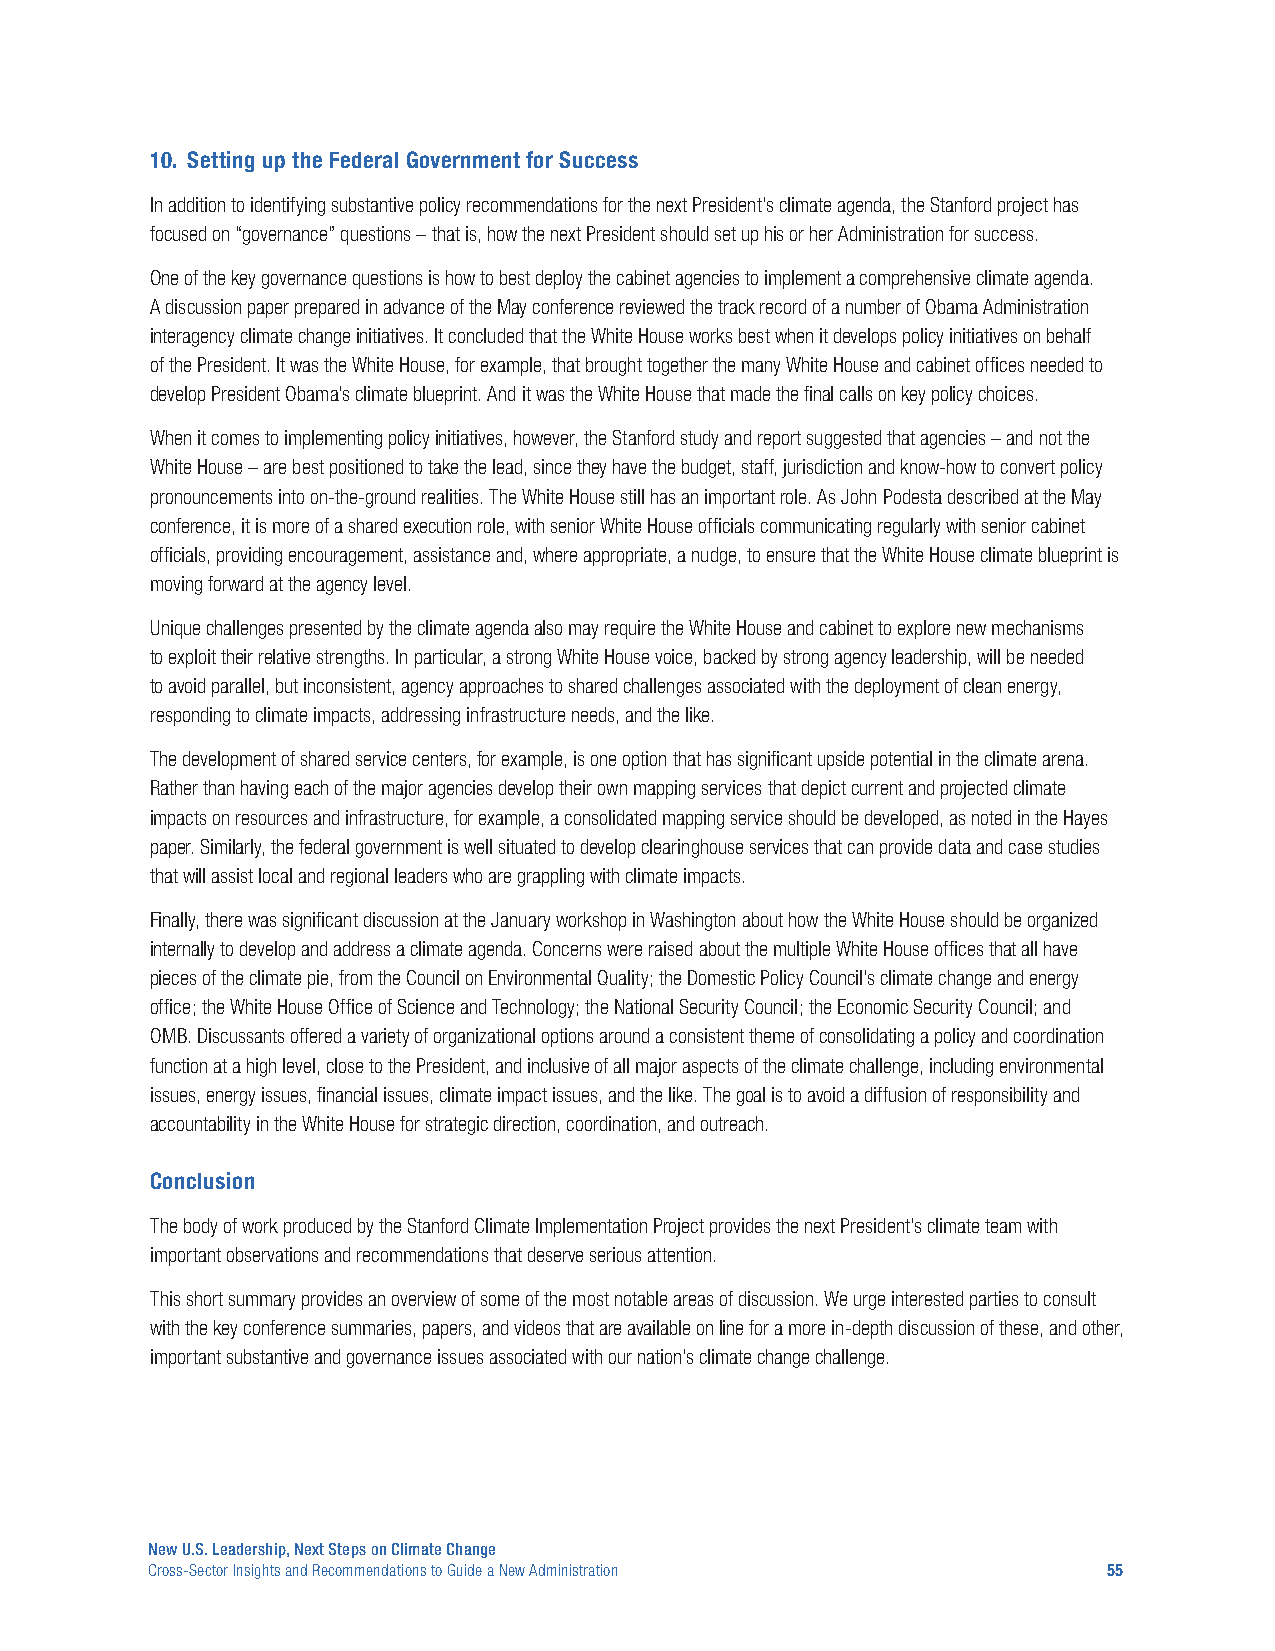
10. Setting up the Federal Government for Success
 In addition to identifying substantive policy recommendations for the next President’s climate agenda, the Stanford project has
 focused on “governance” questions – that is, how the next President should set up his or her Administration for success.
 One of the key governance questions is how to best deploy the cabinet agencies to implement a comprehensive climate agenda.
 A discussion paper prepared in advance of the May conference reviewed the track record of a number of Obama Administration
 interagency climate change initiatives. It concluded that the White House works best when it develops policy initiatives on behalf
 of the President. It was the White House, for example, that brought together the many White House and cabinet offices needed to
 develop President Obama’s climate blueprint. And it was the White House that made the final calls on key policy choices.
 When it comes to implementing policy initiatives, however, the Stanford study and report suggested that agencies – and not the
 White House – are best positioned to take the lead, since they have the budget, staff, jurisdiction and know-how to convert policy
 pronouncements into on-the-ground realities. The White House still has an important role. As John Podesta described at the May
 conference, it is more of a shared execution role, with senior White House officials communicating regularly with senior cabinet
 officials, providing encouragement, assistance and, where appropriate, a nudge, to ensure that the White House climate blueprint is
 moving forward at the agency level.
 Unique challenges presented by the climate agenda also may require the White House and cabinet to explore new mechanisms
 to exploit their relative strengths. In particular, a strong White House voice, backed by strong agency leadership, will be needed
 to avoid parallel, but inconsistent, agency approaches to shared challenges associated with the deployment of clean energy,
 responding to climate impacts, addressing infrastructure needs, and the like.
 The development of shared service centers, for example, is one option that has significant upside potential in the climate arena.
 Rather than having each of the major agencies develop their own mapping services that depict current and projected climate
 impacts on resources and infrastructure, for example, a consolidated mapping service should be developed, as noted in the Hayes
 paper. Similarly, the federal government is well situated to develop clearinghouse services that can provide data and case studies
 that will assist local and regional leaders who are grappling with climate impacts.
 Finally, there was significant discussion at the January workshop in Washington about how the White House should be organized
 internally to develop and address a climate agenda. Concerns were raised about the multiple White House offices that all have
 pieces of the climate pie, from the Council on Environmental Quality; the Domestic Policy Council’s climate change and energy
 office; the White House Office of Science and Technology; the National Security Council; the Economic Security Council; and
 OMB. Discussants offered a variety of organizational options around a consistent theme of consolidating a policy and coordination
 function at a high level, close to the President, and inclusive of all major aspects of the climate challenge, including environmental
 issues, energy issues, financial issues, climate impact issues, and the like. The goal is to avoid a diffusion of responsibility and
 accountability in the White House for strategic direction, coordination, and outreach.
 Conclusion
 The body of work produced by the Stanford Climate Implementation Project provides the next President’s climate team with
 important observations and recommendations that deserve serious attention.
 This short summary provides an overview of some of the most notable areas of discussion. We urge interested parties to consult
 with the key conference summaries, papers, and videos that are available on line for a more in-depth discussion of these, and other,
 important substantive and governance issues associated with our nation’s climate change challenge.
 New U.S. Leadership, Next Steps on Climate Change
 Cross-Sector Insights and Recommendations to Guide a New Administration 55